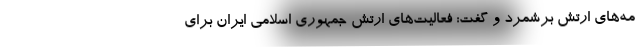
مه‌های ارتش برشمرد و گفت: فعالیت‌های ارتش جمهوری اسلامی ایران برای